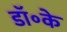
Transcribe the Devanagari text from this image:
डॉ॰के